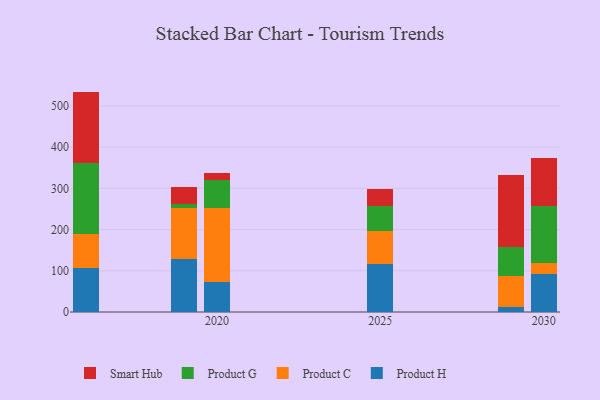
{"axis": {"x": "Year", "y": "Satisfaction Score"}, "legend": ["Product C", "Product G", "Product H", "Smart Hub"], "data": [{"x": "2029", "y": 13.0, "type": "Product H"}, {"x": "2029", "y": 74.0, "type": "Product C"}, {"x": "2029", "y": 71.0, "type": "Product G"}, {"x": "2029", "y": 175.0, "type": "Smart Hub"}, {"x": "2025", "y": 117.2, "type": "Product H"}, {"x": "2025", "y": 79.2, "type": "Product C"}, {"x": "2025", "y": 60.6, "type": "Product G"}, {"x": "2025", "y": 41.3, "type": "Smart Hub"}, {"x": "2016", "y": 107.8, "type": "Product H"}, {"x": "2016", "y": 80.9, "type": "Product C"}, {"x": "2016", "y": 171.8, "type": "Product G"}, {"x": "2016", "y": 174.3, "type": "Smart Hub"}, {"x": "2020", "y": 73.5, "type": "Product H"}, {"x": "2020", "y": 178.5, "type": "Product C"}, {"x": "2020", "y": 69.0, "type": "Product G"}, {"x": "2020", "y": 17.2, "type": "Smart Hub"}, {"x": "2019", "y": 128.6, "type": "Product H"}, {"x": "2019", "y": 124.7, "type": "Product C"}, {"x": "2019", "y": 8.3, "type": "Product G"}, {"x": "2019", "y": 41.2, "type": "Smart Hub"}, {"x": "2030", "y": 91.1, "type": "Product H"}, {"x": "2030", "y": 27.4, "type": "Product C"}, {"x": "2030", "y": 138.8, "type": "Product G"}, {"x": "2030", "y": 117.4, "type": "Smart Hub"}]}